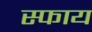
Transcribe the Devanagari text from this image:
स्फाय